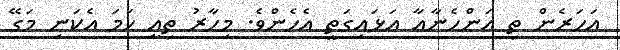
އަހަރެން ތި އަންހެނާއާ އަޅައިގަތީ އެހެންވެ. މިހާރު ތިއީ ހަމަ އެކަނިި މަގޭ